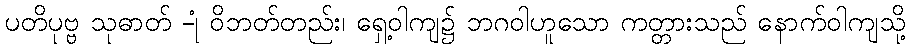
ပတိပုဗ္ဗ သုဓာတ် -ုံ ဝိဘတ်တည်း၊ ရှေ့ဝါကျ၌ ဘဂဝါဟူသော ကတ္တားသည် နောက်ဝါကျသို့